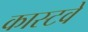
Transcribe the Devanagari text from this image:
कास्टवे